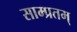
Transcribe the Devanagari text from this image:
साम्प्रतम्